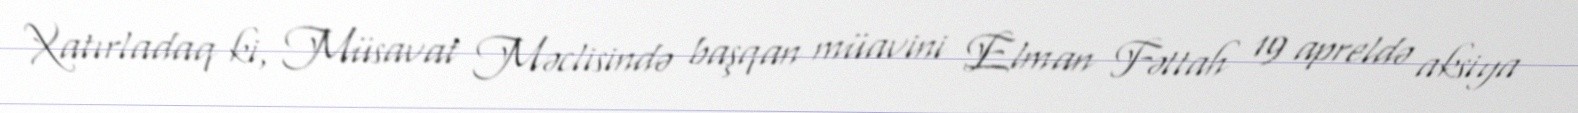
Xatırladaq ki, Müsavat Məclisində başqan müavini Elman Fəttah 19 apreldə aksiya